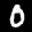
Label: 0